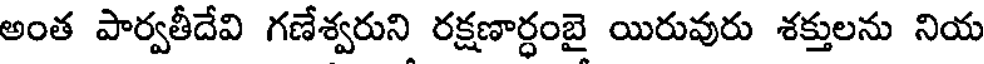
అంత పార్వతీదేవి గణేశ్వరుని రక్షణార్ధంబై యిరువురు శక్తులను నియ